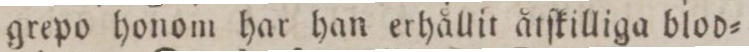
grepo honom har han erhållit åtſkilliga blod=